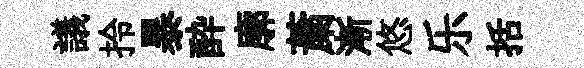
議拎暴酔廓䔥漸悠乐括